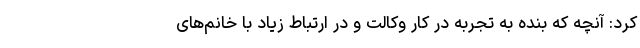
کرد: آنچه که بنده به تجربه در کار وکالت و در ارتباط زیاد با خانم‌های